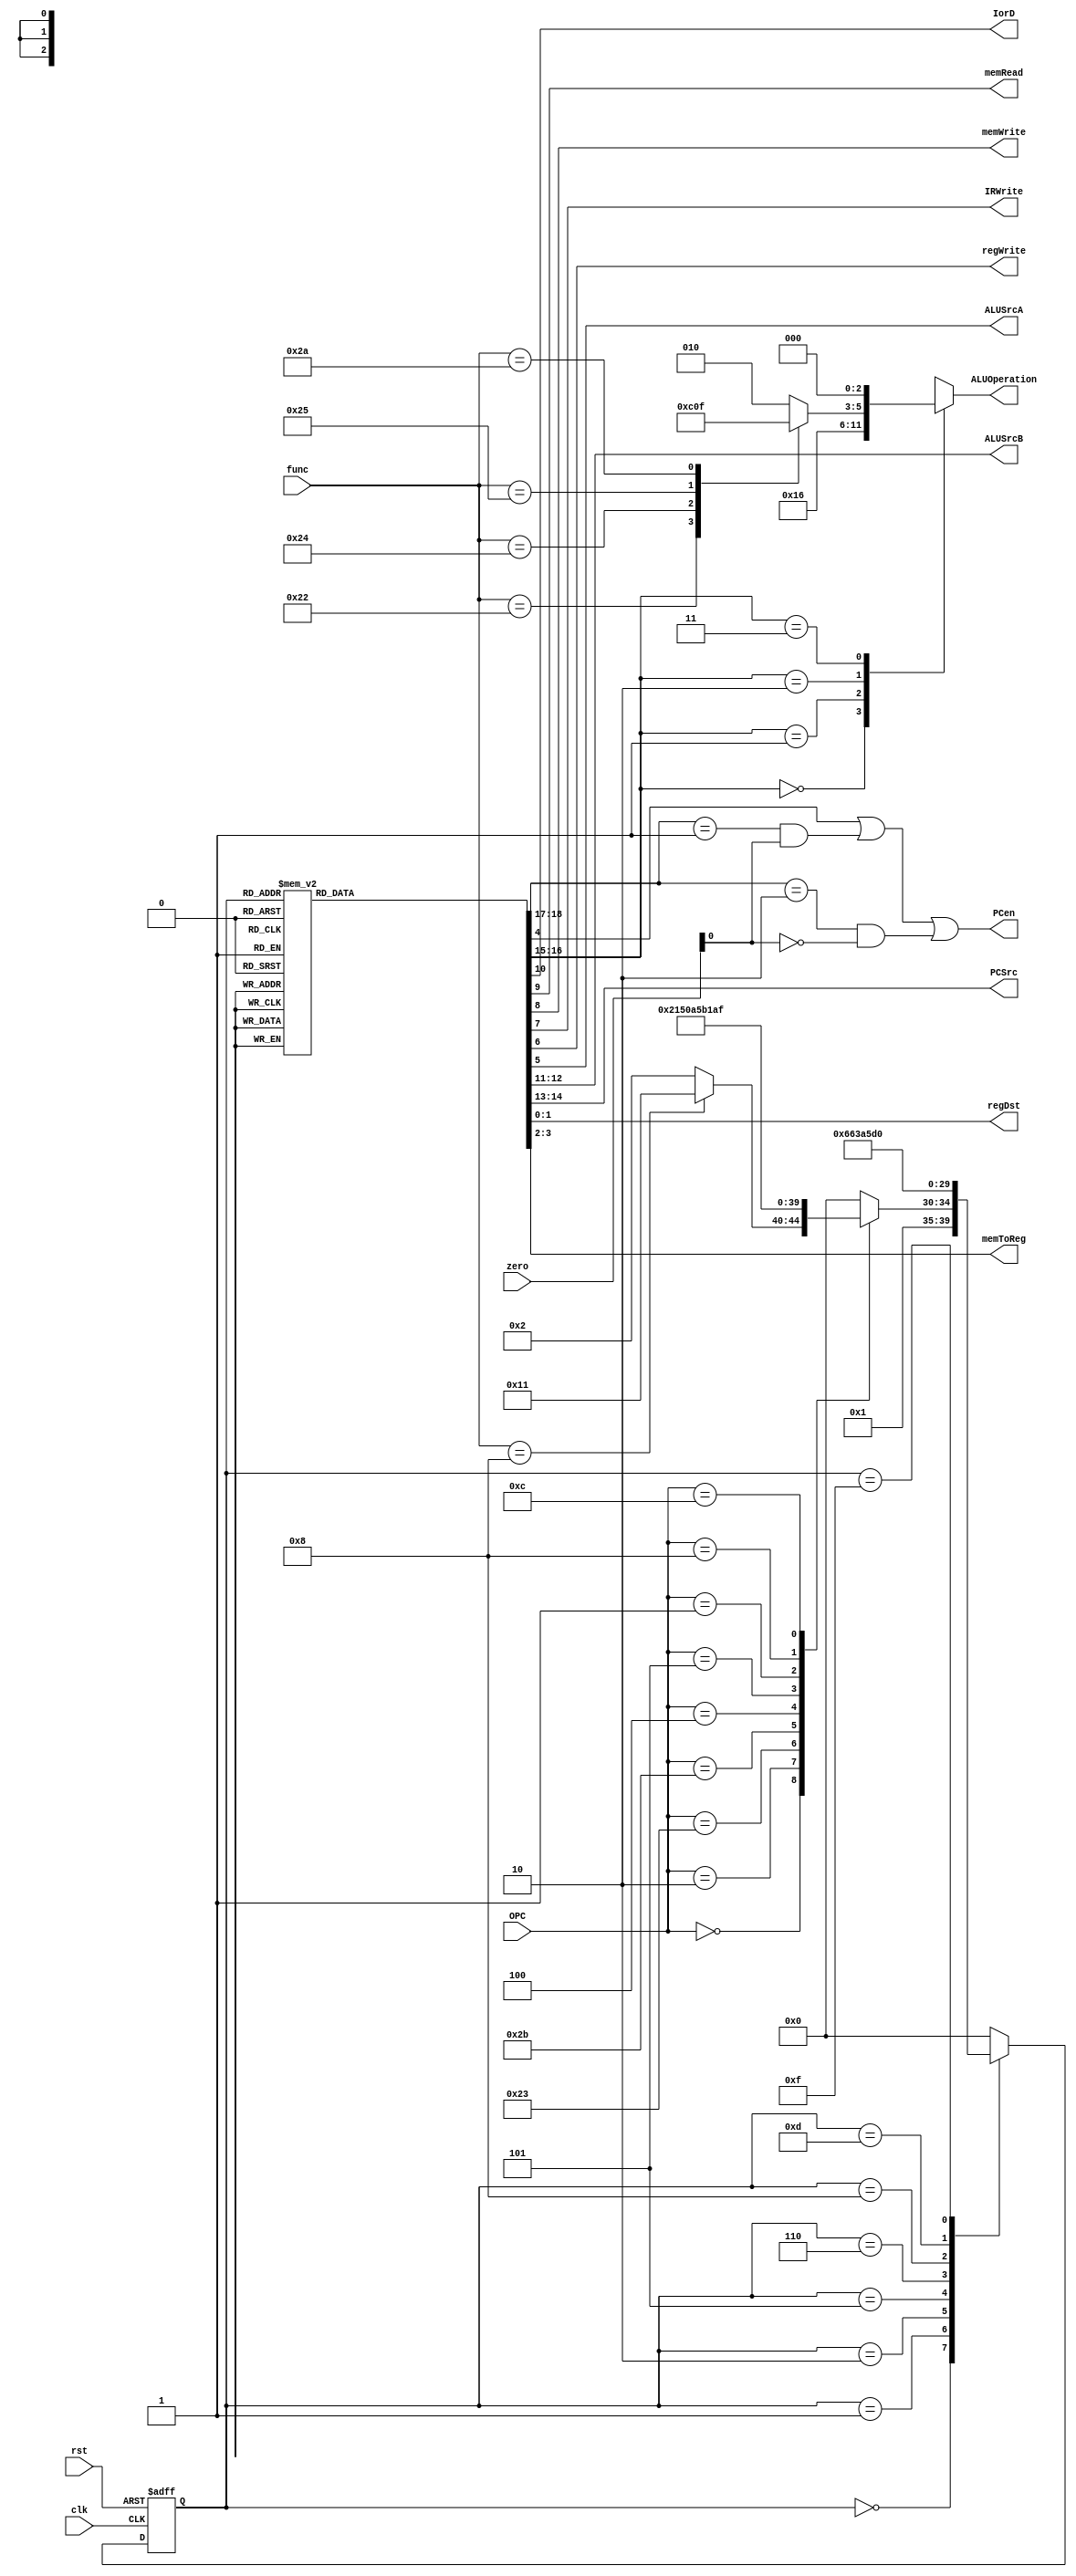


module controller(input clk,rst,input [5:0]OPC,input [5:0]func,zero,output PCen,output reg IorD,memRead,memWrite,IRWrite,regWrite,ALUSrcA,output reg[1:0]ALUSrcB,output reg [2:0]ALUOperation,output reg[1:0]PCSrc,output reg[1:0]regDst,output reg[1:0]memToReg);
  reg [4:0]ps;
  reg [4:0]ns;
  reg [1:0]ALUOp;
  reg PCWrite;
  reg [1:0]PCWriteCond;
  
  always @(ps or OPC or func or zero) begin
    ns = 5'b00000;
    case(ps)
      5'b00000: ns = 5'b00001; // Instruction fetch
      5'b00001: begin // Instruction decode
        case (OPC)
          6'b000000: ns = (func == 6'b001000)?5'b10001:5'b00010; // RT (Including JR)
          6'b000010: ns = 5'b00100; //J
          6'b100011: ns = 5'b00101; //Lw
          6'b101011: ns = 5'b01000; //Sw
          6'b000100: ns = 5'b01010; //Beq
          6'b000101: ns = 5'b01011; //Bne
          6'b000001: ns = 5'b01100; //Jal
          6'b001000: ns = 5'b01101; //Addi
          6'b001100: ns = 5'b01111; //Andi
        endcase
      end
      5'b00010: ns = 5'b00011; // RT (without JR) 1
      5'b00011: ns = 5'b00000; // RT (without JR) 2
      5'b00100: ns = 5'b00000; // J
      5'b00101: ns = 5'b00110; // LW 1
      5'b00110: ns = 5'b00111; // LW 2
      5'b00111: ns = 5'b00000; // LW 3
      5'b01000: ns = 5'b01001; // SW 1
      5'b01001: ns = 5'b00000; // SW 2
      5'b01010: ns = 5'b00000; // Beq
      5'b01011: ns = 5'b00000; // Bne
      5'b01100: ns = 5'b00000; // Jal
      5'b01101: ns = 5'b01110; // Addi 1
      5'b01110: ns = 5'b00000; // Addi 2
      5'b01111: ns = 5'b10000; // Andi 1 
      5'b10000: ns = 5'b00000; // Andi 2
      5'b10001: ns = 5'b00000; // JR
    endcase
  end
  
  always @(ps or OPC or func or zero) begin
    {IorD,memRead,memWrite,IRWrite,regWrite,ALUSrcA,PCWrite} = 7'b0000000;
    ALUSrcB = 2'b00;
    regDst = 2'b00;
    PCSrc = 2'b00;
    ALUOp = 2'b00;
    memToReg = 2'b00;
    PCWriteCond = 2'b00;
    case(ps)
      5'b00000: begin // Instruction fetch
        {IorD,memRead,memWrite,IRWrite,regWrite,ALUSrcA,PCWrite} = 7'b0101001;
        ALUSrcB = 2'b01;
        PCSrc = 2'b00;
        ALUOp = 2'b00;
        PCWriteCond = 2'b00;
        end
      5'b00001: begin // Instruction decode
        ALUSrcA = 1'b0;
        ALUSrcB = 2'b11;
        ALUOp = 2'b00;
        end
      5'b00010: begin // RT (without JR) 1
        ALUSrcA = 1'b1;
        ALUSrcB = 2'b00;
        ALUOp = 2'b10;
        end
      5'b00011: begin // RT (without JR) 2
        regWrite = 1'b1;
        regDst = 2'b01;
        memToReg = 2'b00;
        end
      5'b00100: begin // J
        PCWrite = 1'b1;
        PCSrc = 2'b10;
        end
      5'b00101: begin // LW 1
        ALUSrcA = 1'b1;
        ALUSrcB = 2'b10;
        ALUOp = 2'b00;
        end
      5'b00110: begin // LW 2
        memRead = 1'b1;
        IorD = 1'b1;
        end
      5'b00111: begin // LW 3
        regWrite = 1'b1;
        regDst = 2'b00;
        memToReg = 2'b01;
        end
      5'b01000: begin // SW 1
        ALUSrcA = 1'b1;
        ALUSrcB = 2'b10;
        ALUOp = 2'b00;
        end
      5'b01001: begin // SW 2
        memWrite = 1'b1;
        IorD = 1'b1;
        end
      5'b01010: begin // Beq
        ALUSrcA = 1'b1;
        ALUSrcB = 2'b00;
        ALUOp = 2'b01;
        PCSrc = 2'b01;
        PCWriteCond = 2'b01;
        end
      5'b01011: begin // Bne
        ALUSrcA = 1'b1;
        ALUSrcB = 2'b00;
        ALUOp = 2'b01;
        PCSrc = 2'b01;
        PCWriteCond = 2'b10;
        end
      5'b01100: begin // Jal
        PCWrite = 1'b1;
        PCSrc = 2'b10;
        regWrite = 1'b1;
        regDst = 2'b10;
        memToReg = 2'b10;
        end
      5'b01101: begin // Addi 1
        ALUSrcA = 1'b1;
        ALUSrcB = 2'b10;
        ALUOp = 2'b00;
        end
      5'b01110: begin // Addi 2
        regWrite = 1'b1;
        regDst = 2'b00;
        memToReg = 2'b00;
        end
      5'b01111: begin // Andi 1
        ALUSrcA = 1'b1;
        ALUSrcB = 2'b10;
        ALUOp = 2'b11;
        end
      5'b10000: begin // Andi 2
        regWrite = 1'b1;
        regDst = 2'b00;
        memToReg = 2'b00;
        end
      5'b10001: begin // JR
        PCWrite = 1'b1;
        PCSrc = 2'b11;
        end
    endcase
  end
  
  always @(posedge clk,posedge rst) begin
    if (rst) ps <= 5'b00000;
    else ps <= ns;
  end
  
  assign PCen = PCWrite | ((PCWriteCond == 2'b01) & zero) | ((PCWriteCond == 2'b10) & ~zero);
  
  always @(ALUOp or func) begin
    case (ALUOp)
      2'b00: ALUOperation = 3'b010;  //OPC: Lw and Sw and Addi
                                  //ALU Operation: Add
      2'b01: ALUOperation = 3'b110;  //OPC: Beq
                                  //ALU Operation: Sub
      2'b10: case (func) //R-Type
            6'b100000: ALUOperation = 3'b010; //Add
            6'b100010: ALUOperation = 3'b110; //Sub
            6'b100100: ALUOperation = 3'b000; //And
            6'b100101: ALUOperation = 3'b001; //Or
            6'b101010: ALUOperation = 3'b111; //Slt
            default: ALUOperation = 3'b010;
          endcase
      2'b11: ALUOperation = 3'b000; //OPC: Andi
                                 //ALU Operation: And
      default: ALUOperation = 3'b010;
    endcase
  end
endmodule